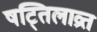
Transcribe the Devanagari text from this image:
षट्तिलाव्रत